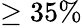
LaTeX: \geq 35\%